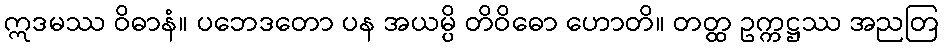
ဣဒမဿ ဝိဓာနံ။ ပဘေဒတော ပန အယမ္ပိ တိဝိဓော ဟောတိ။ တတ္ထ ဥက္ကဋ္ဌဿ အညတြ